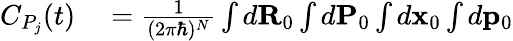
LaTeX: \begin{array}{rl}{C_{P_{j}}(t)}&{{}=\frac{1}{(2\pi\hbar)^{N}}\int d{\mathbf R}_{0}\int d{\mathbf P}_{0}\int d{\mathbf x}_{0}\int d{\mathbf p}_{0}}\end{array}